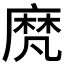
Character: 𪎒